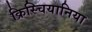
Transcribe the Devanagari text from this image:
क्रिस्चियानिया